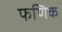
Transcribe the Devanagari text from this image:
फणिक